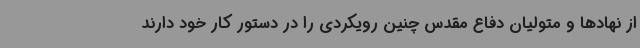
از نهادها و متولیان دفاع مقدس چنین رویکردی را در دستور کار خود دارند